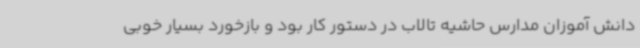
دانش آموزان مدارس حاشیه تالاب در دستور کار بود و بازخورد بسیار خوبی